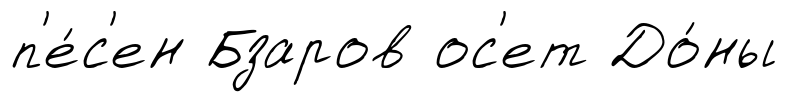
п'е́с'ен Бзаров ос'ет До́ны